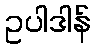
ဥပါဒါန်